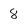
Character: 8